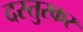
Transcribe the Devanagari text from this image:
दस्तुरकर